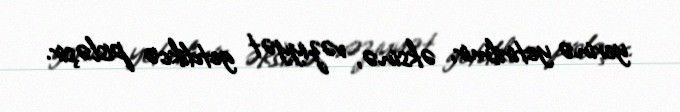
yerinə yetirilmir, əksinə, vəziyyət getdikcə pisləşir.